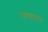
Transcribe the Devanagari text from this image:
रागाष्टयाम